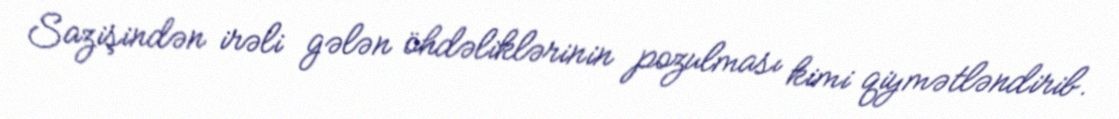
Sazişindən irəli gələn öhdəliklərinin pozulması kimi qiymətləndirib.